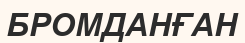
БРОМДАНҒАН